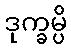
ဒုက္ခမ္ပိ